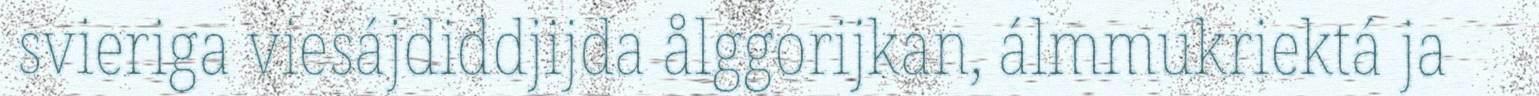
svieriga viesájdiddjijda ålggorijkan, álmmukriektá ja